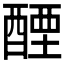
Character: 𬪭